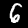
Label: 6